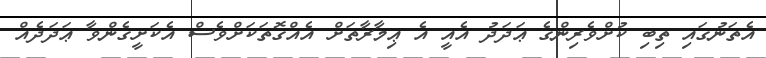
އެތަނުގައި ތިބި ކުށްވެރިންގެ ޢަދަދު އެއީ އެ ޢިމާރާތަށް އެއްގޮތަކަށްވެސް އެކަށީގެންވާ ޢަދަދެއް